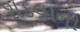
શકવાનો